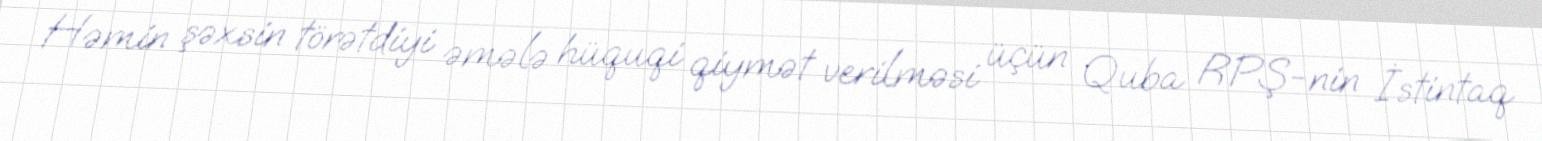
Həmin şəxsin törətdiyi əmələ hüquqi qiymət verilməsi üçün Quba RPŞ-nin İstintaq